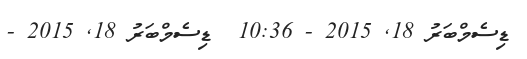
ޑިސެމްބަރު 18